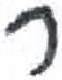
אות: ר